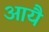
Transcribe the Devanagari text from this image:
आयै